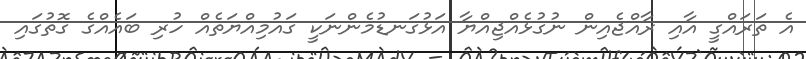
އެ ތަރައްގީ އާއި ރާއްޖެއިން ނުގުޅެއްޖިއްޔާ އަޅުގަނޑުމެންނަކީ ގައުމިއްޔަތެއް ހުރި ބައެއްގެ ގޮތުގައި